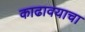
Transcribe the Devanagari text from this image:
काढावयाचा